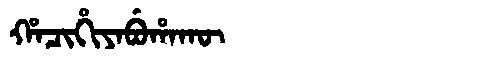
Manchu: ᡥᠠᠴᡳᡥᡳᠶᠠᠪᡠᡥᠠᡴᡡ
Romanization: HACIHIYABUHAKŪ